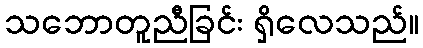
သဘောတူညီခြင်း ရှိလေသည်။